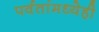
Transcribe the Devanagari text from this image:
पर्वतांमध्येही